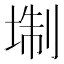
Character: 𡍘